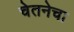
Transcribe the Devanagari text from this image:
चेतनेचा